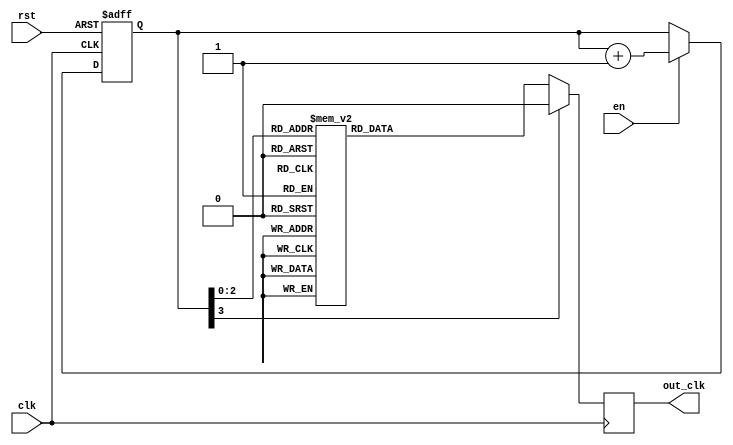
module johnson_counter_clock_divider (
    input wire clk, // input clock signal
    input wire rst, // reset signal
    input wire en, // enable signal
    output reg out_clk // output divided clock signal
);

reg [3:0] counter;

always @(posedge clk or posedge rst) begin
    if (rst) begin
        counter <= 4'b0000; // reset the counter
    end else if (en) begin
        counter <= counter + 1; // increment the counter
    end
end

always @(posedge clk) begin
    case (counter)
        4'b0000: out_clk <= 1'b1; // divide by 2^0 = 1
        4'b0001: out_clk <= 1'b0;
        4'b0010: out_clk <= 1'b1; // divide by 2^1 = 2
        4'b0011: out_clk <= 1'b0;
        4'b0100: out_clk <= 1'b1; // divide by 2^2 = 4
        4'b0101: out_clk <= 1'b0;
        4'b0110: out_clk <= 1'b1; // divide by 2^3 = 8
        4'b0111: out_clk <= 1'b0;
        default: out_clk <= 1'b0; // default output
    endcase
end

endmodule